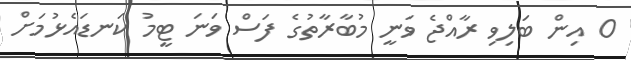
0 އިން ބަލިވި ރާއްޖެ ވަނީ މުބާރާތުގެ ފަސް ވަނަ ޓީމު ކަނޑައެޅުމަށް